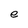
Character: e